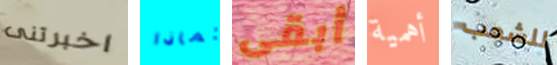
اخبرتنى لماذا أبقى أهمية للشعب